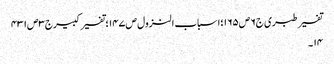
تفسیر طبری ج٦ص١٦٥؛اسباب النزول ص١٤٧؛تفسیر کبیرج٣ص٤٣١
١٤۔